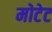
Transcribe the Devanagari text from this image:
मोटेट